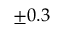
\pm 0 . 3